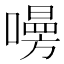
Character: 𠿐